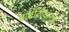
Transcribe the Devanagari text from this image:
बार्बीटीयुरेट्स